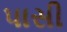
પાસી